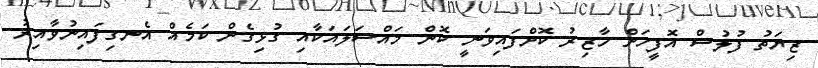
ޒިޔަތު ފުލުސް އޮފީހަށް ހާޒިރު ކޮށްފައިވަނީ ކޮން މައްސަލައަކާއި ގުޅިގެން ކަމެއް އެނގިފައިނުވާއިރު